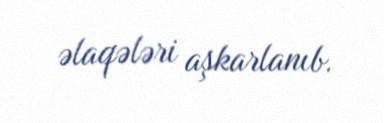
əlaqələri aşkarlanıb.